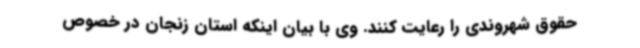
حقوق شهروندی را رعایت کنند. وی با بیان اینکه استان زنجان در خصوص